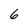
Character: 6